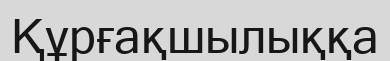
Құрғақшылыққа